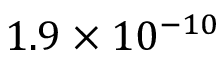
1 . 9 \times 1 0 ^ { - 1 0 }